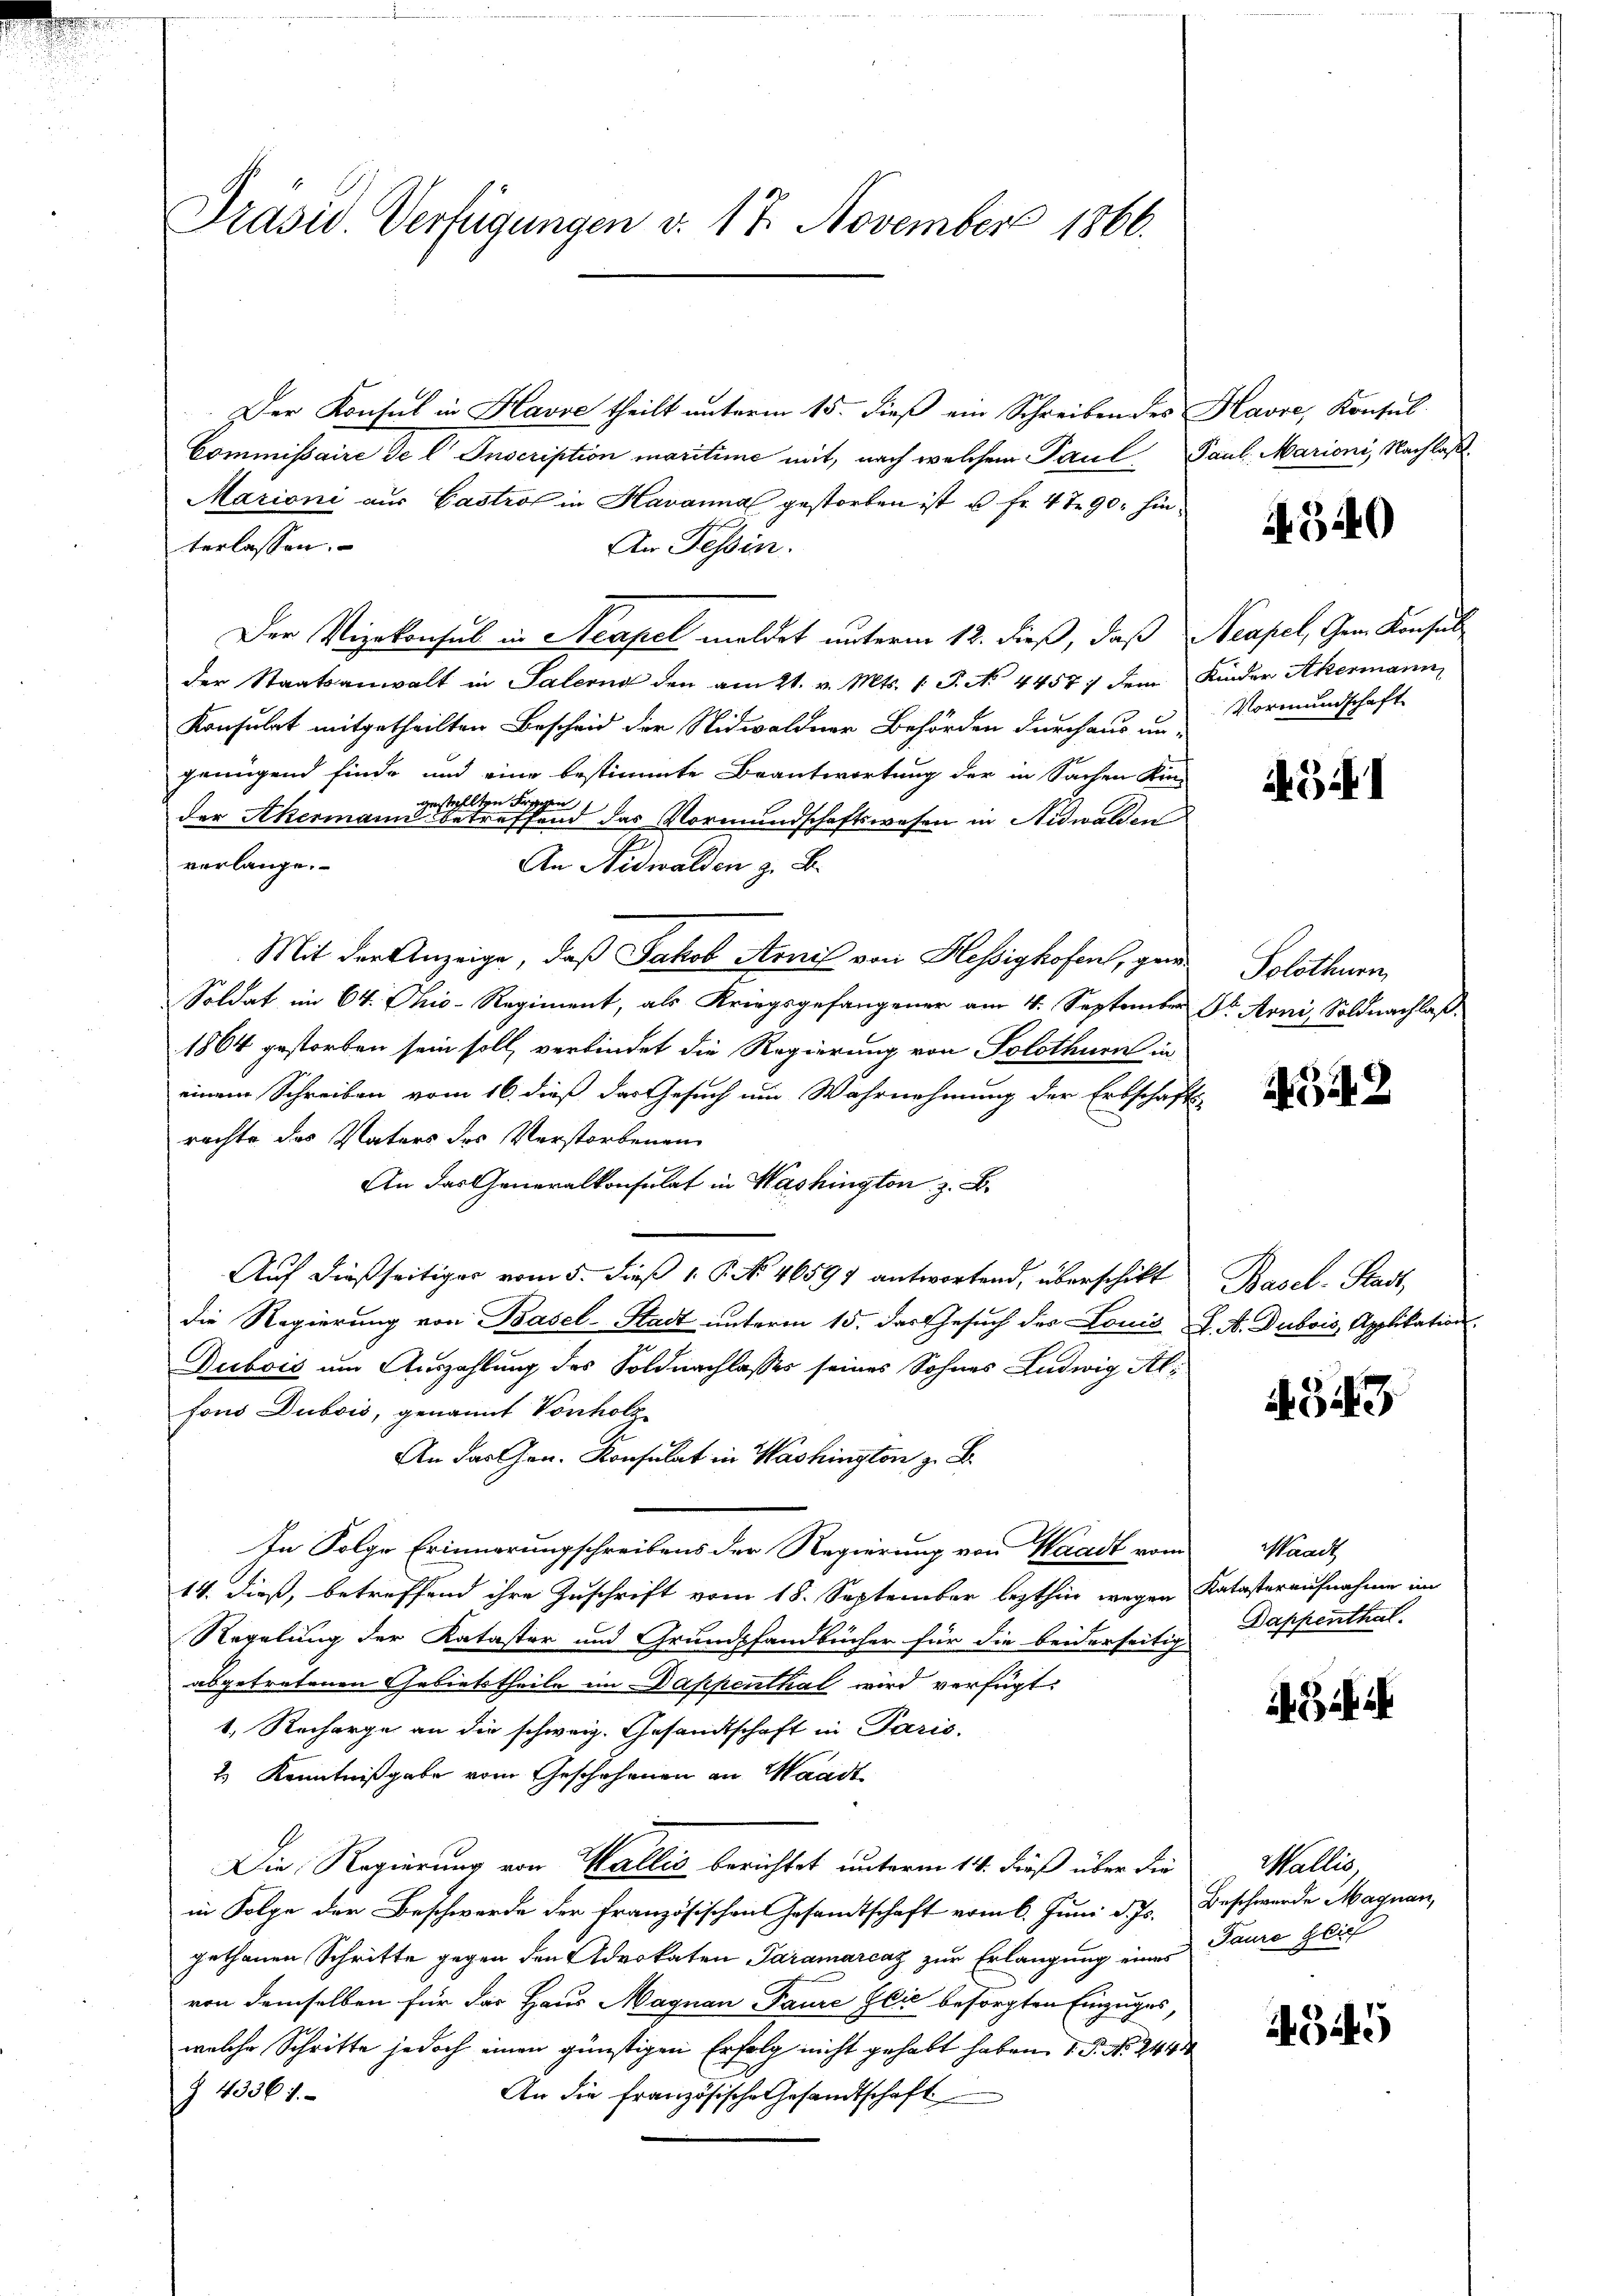
Präsid. Verfügungen v. 17. November 1866.

Der Konsul in Havoe theilt unterm 15. dieß ein Schreiben des Havre, Konsul
Commissaire de l Inscription maritime mit, nach welchem Paul Paul. Marioni, Nachlaß
Marioni aus Gastros in Havanna gestorben ist u. fr. 4 t 90. hinterlassen.
An Tessin.
Der Vizekonsul in Neapel meldet unterm 12. dieß, daß Neapel, Gem. Konsul
der Staatsanwalt in Salernd den am 21. v. Mts. 1. P. No 4457 / dem Kinder Akermann
Konsulat mitgetheilten Bescheid der Nidwaldner Behörden durchaus un-
genügend finde und eine bestimmte Beantwortung der in Sachen Kin-
gestellten Fragen
der Akermann betreffend das Vormundschaftswesen in Nidwalden
7.
verlange.
An Nidwalden z. B.
Mit der Anzeige, daß Jakob Arnil von Hessighofen, gera¬
Soldat im 64. Ohio-Regiment, als Kriegsgefangener am 4. September Dr. Arni, Soldnachlaß
1864 gestorben sein soll, verbindet die Regierung von Solothurn in
einem Schreiben vom 16. dieß das Gesuch um Wahrnehmung der Erbschafts-
rachte des Vaters des Verstorbenen
An das Generalkonsulat in Washington z. B.
Auf dießseitiger vom 5. dieß 1. P. No. 46597 antwortend, überschikt
die Regierung von Basel-Stadt unterm 15. das Gesuch des Louis J. A. Dubois, Applikation
Dubois um Auszahlung des Soldnachlasses seines Sohnes Ludwig Alfons Dubois, genannt Vonholz
An das Hrn. Konsulat in Washington z. B.
In Folge Erinnerungschreibens der Regierung von Waadt vom
14. dieß, betreffend ihre Zuschrift vom 18. September lezthin wegen Katasteraufnahme im
Regelung der Kataster und Grundpfandbücher für die beiderseitig
abgetretenen Gebietstheile im Dappenthal wird verfügt:
1. Recharge an die schweiz. Gesandtschaft in Paris.
2) Kenntnißgabe vom Geschehenen an Waadt
Die Regierung von Wallis berichtet unterm 14. dieß über die
in Folge der Beschwerde der französischen Gesamtschaft vom 6. Juni d. Js. Beschwerde Magnau,
gethanen Schritte gegen den Advokaten Paramarcaz zur Erlangung eines Taure glich
von demselben für das Haus Magnau Paure Ilić besorgten Einzuges,
welche Schritte jedoch einen günstigen Erfolg nicht gehabt haben, d. P. No. 244
Z 43367.
An die französische Gesandtschaft

A 340

Vormundschaft

31

Solothurn,

42

Basel-Stadt,

A 343

Waadt
Dappenthal.

Wallis

4349